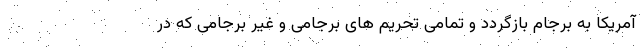
آمریکا به برجام بازگردد و تمامی تحریم های برجامی و غیر برجامی که در